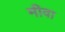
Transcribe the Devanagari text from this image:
मीवा